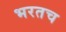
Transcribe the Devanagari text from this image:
भरतच